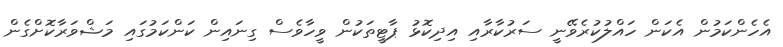
އެހެންކަމުން އެކަން ހައްލުކުރެވޭނީ ސަރުކާރާއި އިދިކޮޅު ޕާޓީތަކުން ވީހާވެސް ގިނައިން ކަންކަމުގައި މަޝްވަރާކޮށްގެން